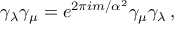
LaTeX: \gamma _ { \lambda } \gamma _ { \mu } = e ^ { 2 \pi i m / \alpha ^ { 2 } } \gamma _ { \mu } \gamma _ { \lambda } \, ,